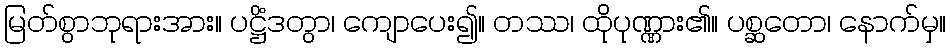
မြတ်စွာဘုရားအား။ ပဋ္ဌိံဒတွာ၊ ကျောပေး၍။ တဿ၊ ထိုပုဏ္ဏား၏။ ပစ္ဆတော၊ နောက်မှ။